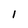
Character: 1